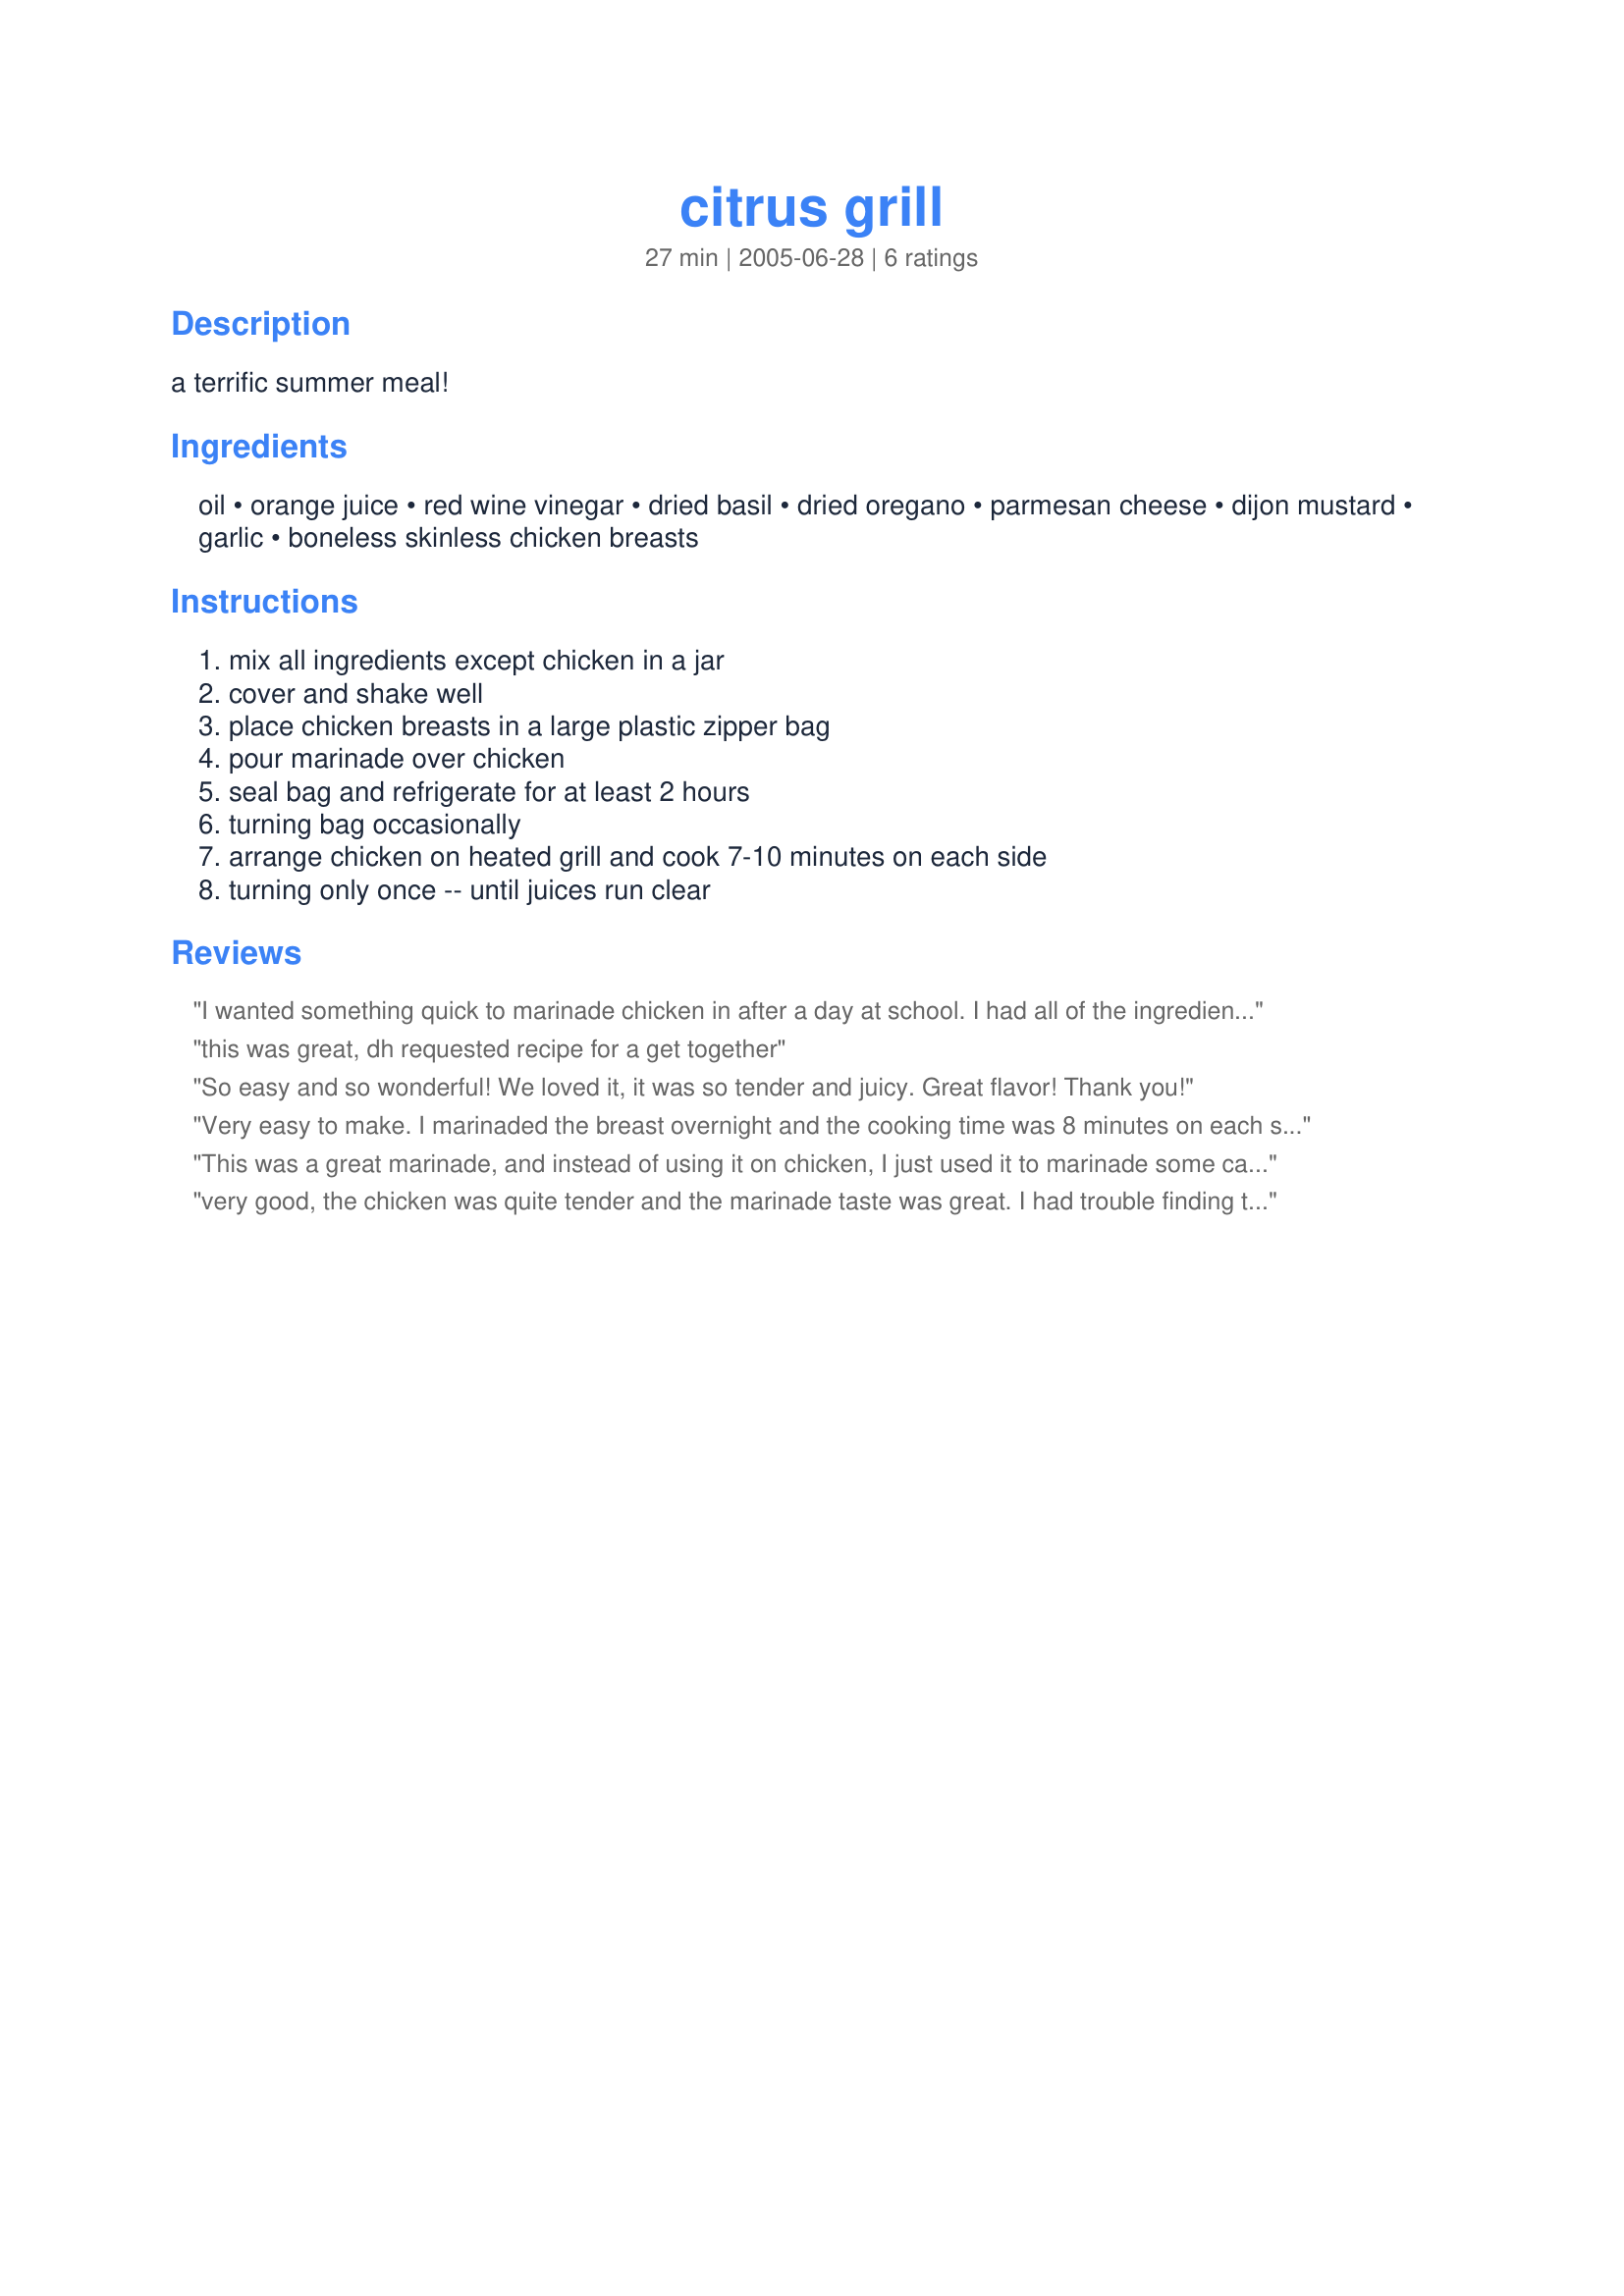
citrus grill
Preparation time: 27 minutes

a terrific summer meal!

Ingredients:
oil, orange juice, red wine vinegar, dried basil, dried oregano, parmesan cheese, dijon mustard, garlic, boneless skinless chicken breasts

Steps:
mix all ingredients except chicken in a jar, cover and shake well, place chicken breasts in a large plastic zipper bag, pour marinade over chicken, seal bag and refrigerate for at least 2 hours, turning bag occasionally, arrange chicken on heated grill and cook 7-10 minutes on each side, turning only once -- until juices run clear

Reviews:
I wanted something quick to marinade chicken in after a day at school. I had all of the ingredients, and I am so glad I tried this. It smelled SO good. I doubled or tripled the garlic, but followed the rest of the directions. Excellent results, thanks for the recipe.
this was great, dh requested recipe for a get together
So easy and so wonderful! We loved it, it was so tender and juicy. Great flavor! 
Thank you!
Very easy to make. I marinaded the breast overnight and the cooking time was 8 minutes on each side the next day. I could pick out the flavor of the oregano. So you may want to add only 1/2 teaspoon of that herb. Very happy with the final produce thank you Grandma2969.
This was a great marinade, and instead of using it on chicken, I just used it to marinade some carne asada. Served it with crashed potatos, and it was a great meal!
very good, the chicken was quite tender and the marinade taste was great. I had trouble finding the tarragon red wine vinegar, so I used a little of each.
